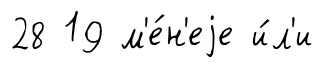
28 19 м'е́н'еjе и́л'и